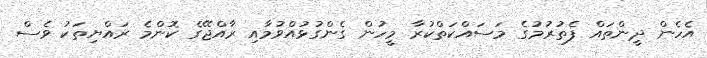
އެހެން ދީންތައް ފެތުރުމުގެ މަސައްކަތްކުރާ މީހުން ގެންގުޅުއްވުމާއި ރާއްޖޭގެ ކޮންމެ ރައްޔިތަކު ވެސް